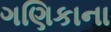
ગણિકાના